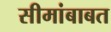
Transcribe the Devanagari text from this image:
सीमांबाबत